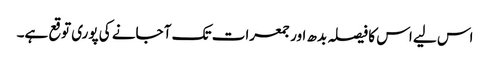
اس لیے اس کا فیصلہ بدھ اور جمعرات تک آ جانے کی پوری توقع ہے۔